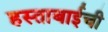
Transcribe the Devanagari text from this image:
हस्ताबाईची